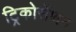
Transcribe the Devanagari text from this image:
ट्रिकोसेंथन